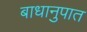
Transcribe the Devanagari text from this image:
बाधानुपात